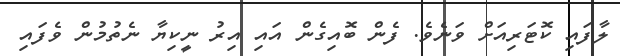
ލާފައި ކޮޓަރިއަށް ވަނެވެ. ފެން ބޮއިގެން އައި އިރު ނީކިޔާ ނެތުމުން ވެފައި